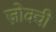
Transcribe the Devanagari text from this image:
ज़ोक्ची